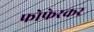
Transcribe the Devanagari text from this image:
फोफेरकर